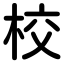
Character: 校